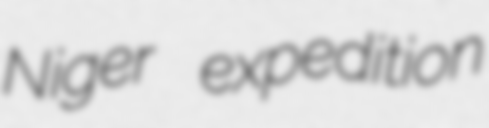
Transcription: Niger expedition